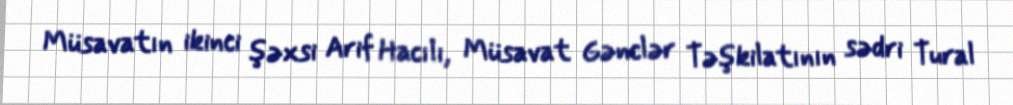
Müsavatın ikinci şəxsi Arif Hacılı, Müsavat Gənclər Təşkilatının sədri Tural